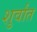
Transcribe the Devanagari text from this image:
शुर्वात